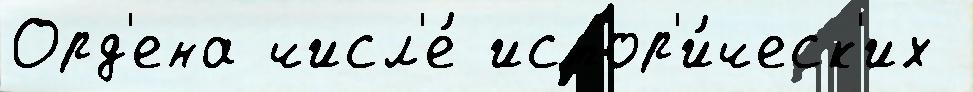
Орд'ена числ'е́ истор'и́ческ'их